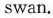
swan.